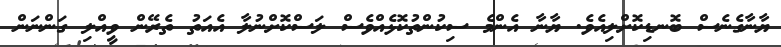
ޔާނާގެނެސް ބޮނޑިކޮށްލިއެވެ. ޔާނާ އެންމެ ސިކުންތުކޮޅެއްވެސް ލަސްކޮށްނުލާ އެއަތު ތެރޭން ވީއްލި ގަންނަން